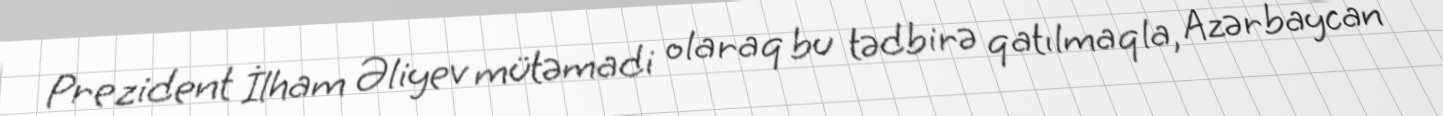
Prezident İlham Əliyev mütəmadi olaraq bu tədbirə qatılmaqla, Azərbaycan